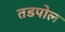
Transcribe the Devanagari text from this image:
तडपोल